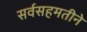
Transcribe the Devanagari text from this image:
सर्वसहमतीने